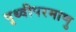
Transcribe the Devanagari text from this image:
पृथ्वीपरमाणु